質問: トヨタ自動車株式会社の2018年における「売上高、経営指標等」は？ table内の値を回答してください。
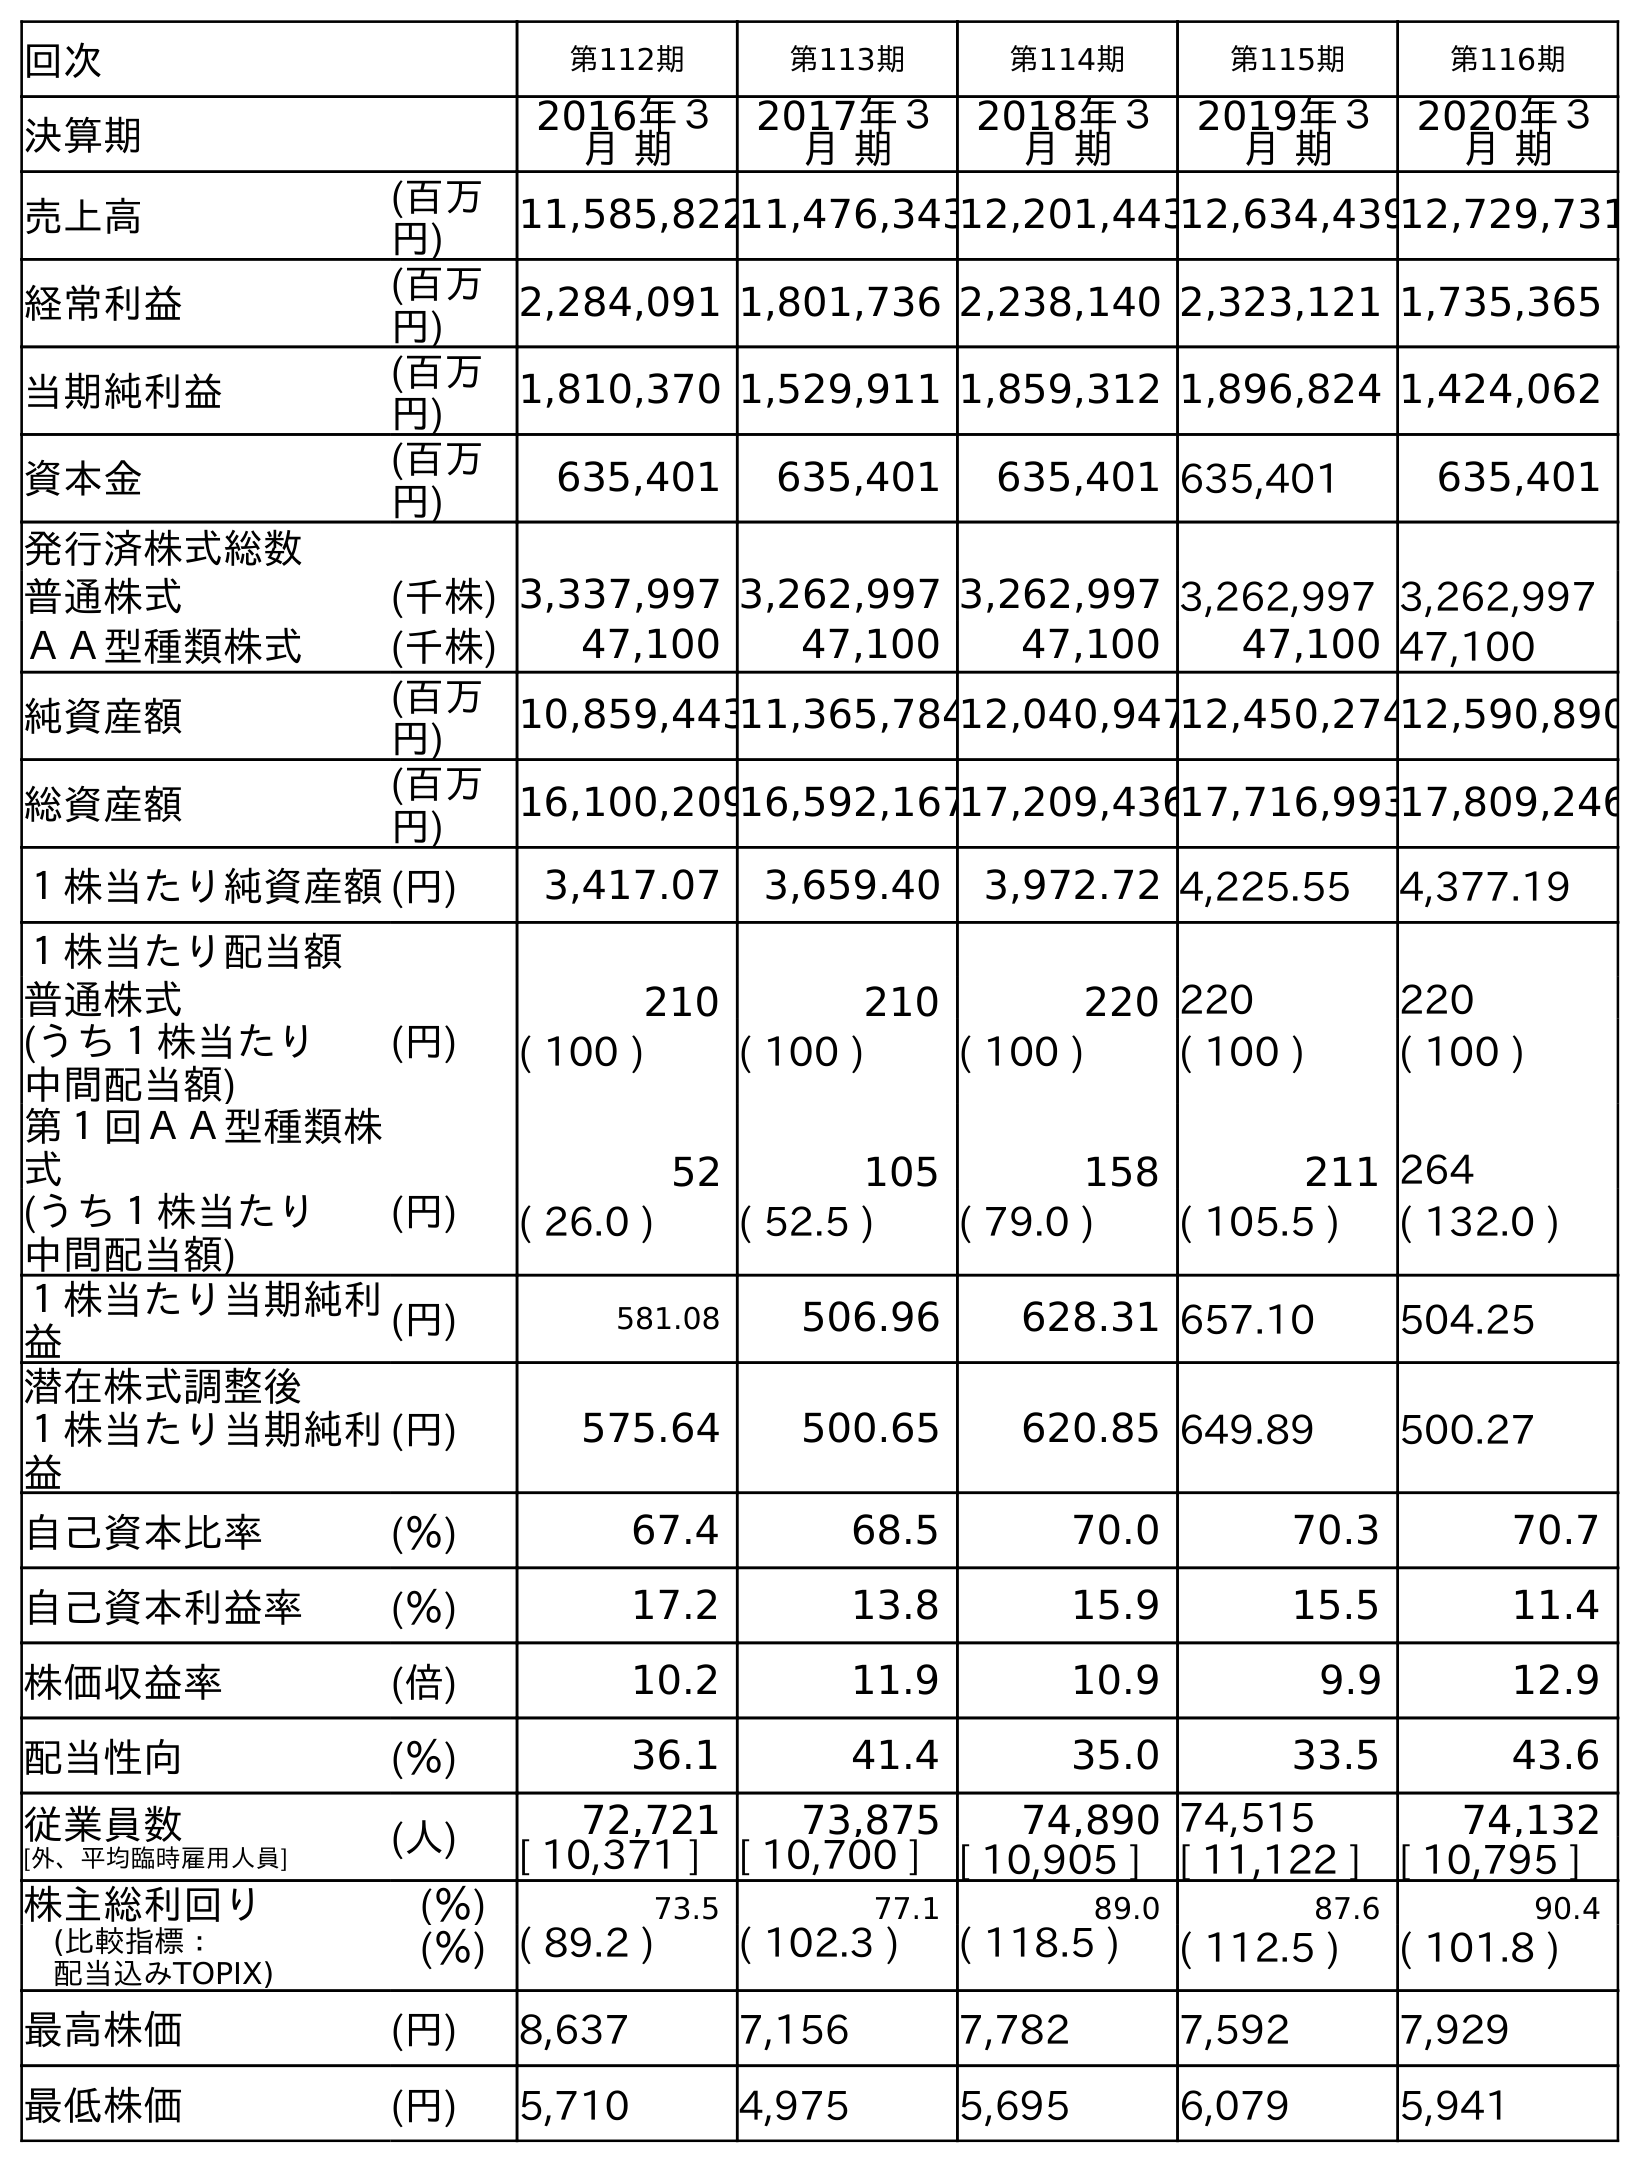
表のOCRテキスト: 回次 第112期 第113期 第114期 第115期 第116期 決算期 2016年３ 月 期 2017年３ 月 期 2018年３ 月 期 2019年３ 月 期 2020年３ 月 期 売上高 (百万 円) 11,585,82211,476,34312,201,44312,634,43912,729,731 経常利益 (百万 円) 2,284,091 1,801,736 2,238,140 2,323,121 1,735,365 当期純利益 (百万 円) 1,810,370 1,529,911 1,859,312 1,896,824 1,424,062 資本金 (百万 円) 635,401 635,401 635,401 635,401 635,401 発行済株式総数 普通株式 (千株) 3,337,997 3,262,997 3,262,997 3,262,997 3,262,997 ＡＡ型種類株式 (千株) 47,100 47,100 47,100 47,100 47,100 純資産額 (百万 円) 10,859,44311,365,78412,040,94712,450,27412,590,890 総資産額 (百万 円) 16,100,20916,592,16717,209,43617,716,99317,809,246 １株当たり純資産額(円) 3,417.07 3,659.40 3,972.72 4,225.55 4,377.19 １株当たり配当額 普通株式 (円) 210 210 220 220 220 (うち１株当たり 中間配当額) ( 100 ) ( 100 ) ( 100 ) ( 100 ) ( 100 ) 第１回ＡＡ型種類株 式 52 105 158 211 264 (うち１株当たり 中間配当額) (円) ( 26.0 ) ( 52.5 ) ( 79.0 ) ( 105.5 ) ( 132.0 ) １株当たり当期純利 益 (円) 581.08 506.96 628.31 657.10 504.25 潜在株式調整後 １株当たり当期純利 益 (円) 575.64 500.65 620.85 649.89 500.27 自己資本比率 (％) 67.4 68.5 70.0 70.3 70.7 自己資本利益率 (％) 17.2 13.8 15.9 15.5 11.4 株価収益率 (倍) 10.2 11.9 10.9 9.9 12.9 配当性向 (％) 36.1 41.4 35.0 33.5 43.6 従業員数 [外、平均臨時雇用人員] (人) 72,721 73,875 74,890 74,515 74,132 [ 10,371 ] [ 10,700 ] [ 10,905 ] [ 11,122 ] [ 10,795 ] 株主総利回り (％) 73.5 77.1 89.0 87.6 90.4 (比較指標： 配当込みTOPIX) (％) ( 89.2 ) ( 102.3 ) ( 118.5 ) ( 112.5 ) ( 101.8 ) 最高株価 (円) 8,637 7,156 7,782 7,592 7,929 最低株価 (円) 5,710 4,975 5,695 6,079 5,941
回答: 12,201,443